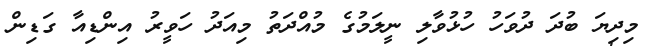
މިދިޔަ ބުދަ ދުވަހު ހުޅުވާލި ނީލަމުގެ މުއްދަތު މިއަދު ހަވީރު އިންޑިއާ ގަޑިން